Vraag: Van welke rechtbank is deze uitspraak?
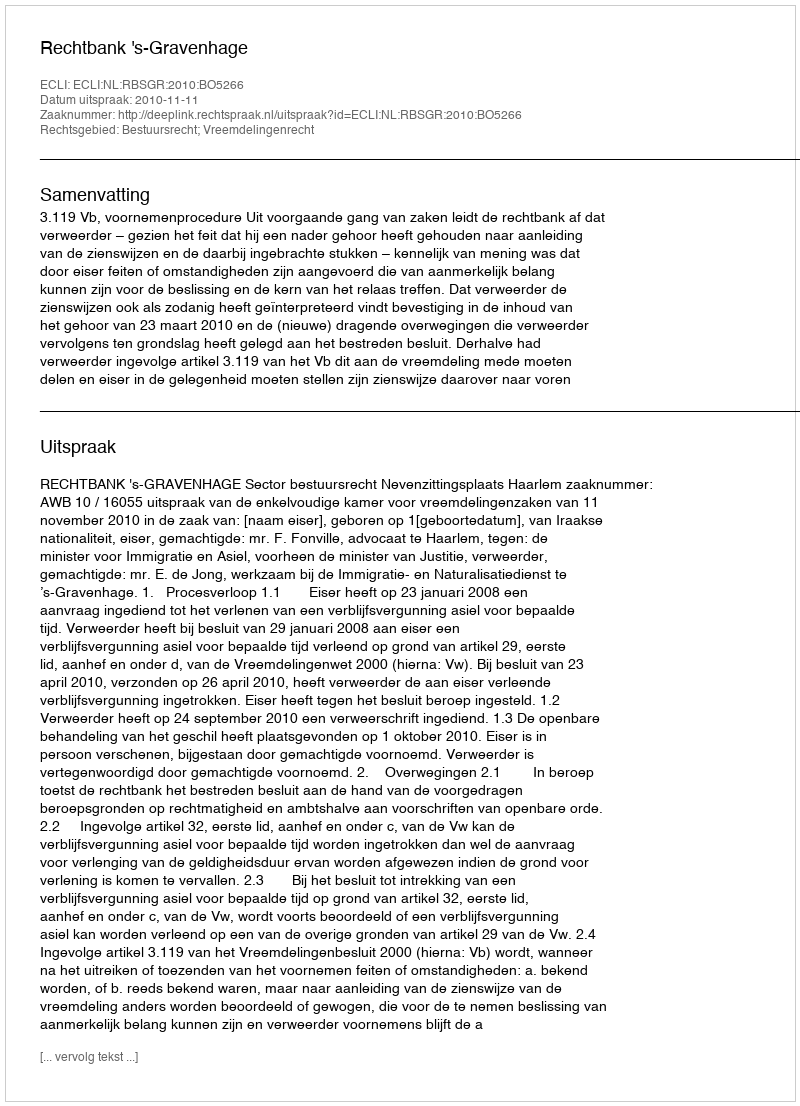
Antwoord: Rechtbank 's-Gravenhage